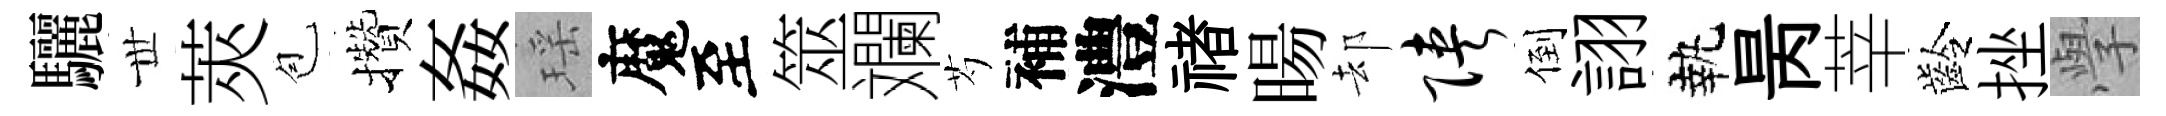
驪𠀍莢苞攢姦瑶魔至筮斕芍補澧禇暘却陕倒詡執昺莘齡挫𭓕